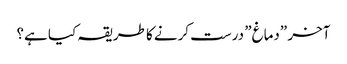
آخر \”دماغ\” درست کرنے کا طریقہ کیا ہے؟